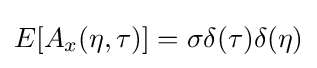
E[A_{x}(\eta ,\tau )]=\sigma \delta (\tau )\delta (\eta )